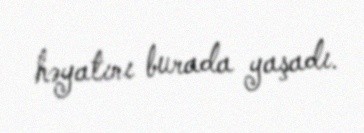
həyatını burada yaşadı.